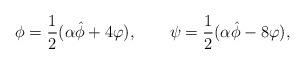
LaTeX: \begin{align*}\phi = \frac12 (\alpha \hat\phi + 4 \varphi), \qquad \psi =\frac12 (\alpha \hat\phi - 8 \varphi),\end{align*}